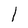
Character: 1